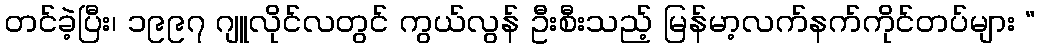
တင်ခဲ့ပြီး၊ ၁၉၉၇ ဂျူလိုင်လတွင် ကွယ်လွန် ဦးစီးသည့် မြန်မာ့လက်နက်ကိုင်တပ်များ “